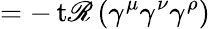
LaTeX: =-\operatorname{t\mathscr{R}}\left(\gamma^{\mu}\gamma^{\nu}\gamma^{\rho}\right)